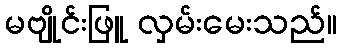
မဗျိုင်းဖြူ လှမ်းမေးသည်။